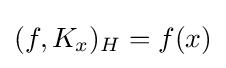
(f,K_{x})_{H}=f(x)